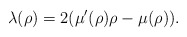
\begin{align*}\lambda(\rho)=2(\mu'(\rho)\rho-\mu(\rho)).\end{align*}